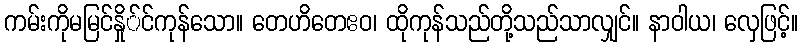
ကမ်းကိုမမြင်နှို်င်ကုန်သော။ တေဟိတေဧဝ၊ ထိုကုန်သည်တို့သည်သာလျှင်။ နာဝါယ၊ လှေဖြင့်။